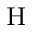
^ \mathrm { H }